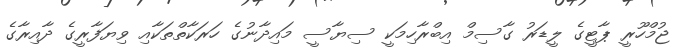
ޖުމްހޫރީ ޕާޓީގެ ލީޑަރު ގާސިމް އިބްރާހިމަކީ ސިޔާސީ މައިދާނުގެ ހަރަކާތްތަކާއި ވިޔަފާރީގެ ދާއިރާގެ